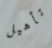
تأهيل